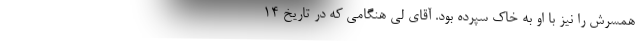
همسرش را نیز با او به خاک سپرده بود. آقای لی هنگامی که در تاریخ ۱۴